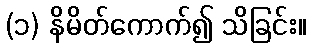
(၁) နိမိတ်ကောက်၍ သိခြင်း။